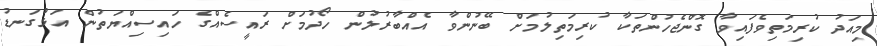
މިއަދު ކުރިމަތިވެފައިވާ ގޮންޖެހުންތަކާ ކުރިމަތިލުމަށް ބޭނުންވާ އެއްބާރުލުން ހޯދުމަށް ރައީސެއްގެ ހައިސިއްޔަތުން އަޅުގަނޑު